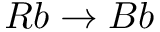
R b \rightarrow B b